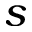
s